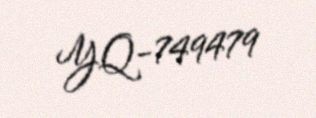
YQ-749479